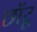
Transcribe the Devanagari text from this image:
छॉटू